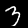
Digit: 3